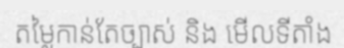
តម្លៃកាន់តែច្បាស់ និង មើលទីតាំង